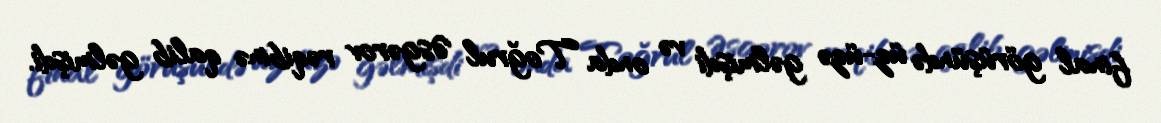
final görüşündə üz-üzə gəlmişdi və onda Toğrul Əsgərov rəqibinə qalib gəlmişdi.